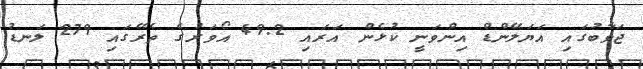
ޖަވާބުގައި އަޔަލޭންޑް އިންވަނީ ކުޅެން އަރައި 49.2 އޯވަރުގެ ތެރޭގައި 279 ލަނޑު